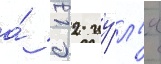
а́ с 12 иу́л'я